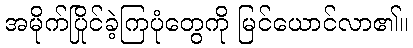
အမိုက်ပြိုင်ခဲ့ကြပုံတွေကို မြင်ယောင်လာ၏။